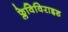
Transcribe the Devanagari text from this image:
फ्लेविविराइड